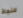
للنجاة